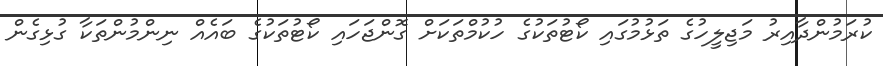
ކުރަމުންދާއިރު މަޖިލީހުގެ ތަޅުމުގައި ކޯޓުތަކުގެ ހުކުމްތަކަށް ގޮންޖަހައި ކޯޓުތަކުގެ ބައެއް ނިންމުންތަކާ ގުޅިގެން